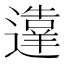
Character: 𬩙